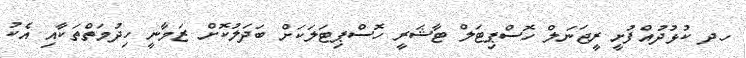
ހދ ކުޅުދުއްފުށީ ރީޖަނަލް ހޮސްޕިޓަލް ޓާޝަރީ ހޮސްޕިޓަލަކަށް ބަދަލުކޮށް ޒަމާނީ ހިދުމަތްތަކާއި އެކު